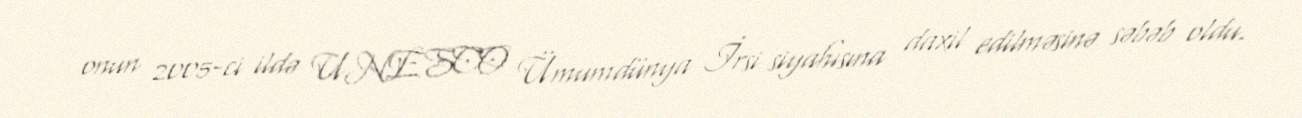
onun 2005-ci ildə UNESCO Ümumdünya İrsi siyahısına daxil edilməsinə səbəb oldu.